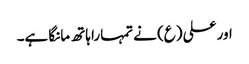
اور علی (ع) نے تمہارا ہاتھ مانگا ہے۔